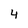
Character: 4